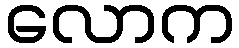
လောက